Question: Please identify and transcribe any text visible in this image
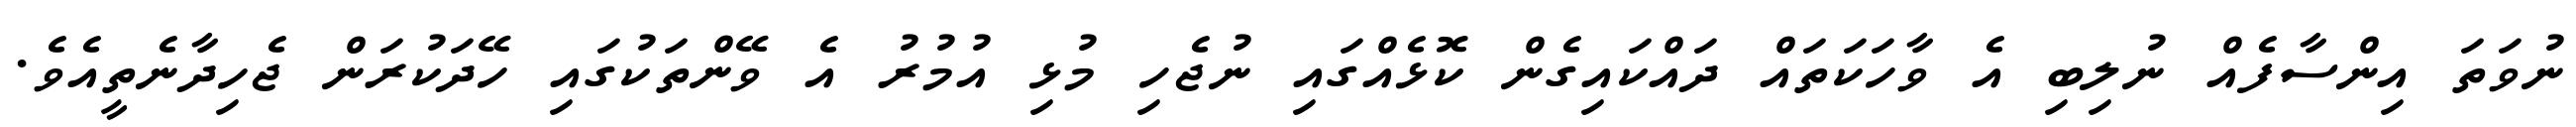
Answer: ނުވަތަ އިންސާފެއް ނުލިބި އެ ވާހަކަތައް ދައްކައިގެން ކޮޅެއްގައި ނުޖެހި މުޅި އުމުރު އެ ވޭންތަކުގައި ހޭދަކުރަން ޖެހިދާނެތީއެވެ.